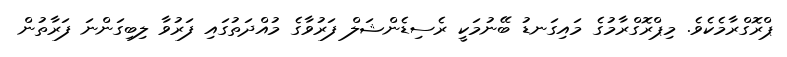
ޕްރޮގްރާމެކެވެ. މިޕްރޮގްރާމުގެ މައިގަނޑު ބޭނުމަކީ ރެސިޑެންޝަލް ފަރުވާގެ މުއްދަތުގައި ފަރުވާ ލިބިގަންނަ ފަރާތުން